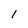
Character: I